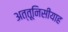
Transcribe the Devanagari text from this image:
अत्तूनिसीयाह